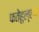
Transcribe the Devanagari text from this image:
फतेहुल्ला